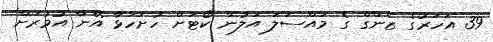
39 އަހަރުގެ ޒެންގް ގެ މައްސަލަ އަލުން ކޯޓަށް ހުށަހަޅާ އޭނާ އުމުރަށް